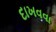
દાખવવા